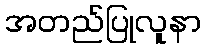
အတည်ပြုလူနာ